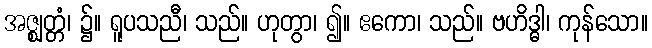
အဇ္ဈတ္တံ၊ ၌။ ရူပသညီ၊ သည်။ ဟုတွာ၊ ၍။ ဧကော၊ သည်။ ဗဟိဒ္ဓါ၊ ကုန်သော။